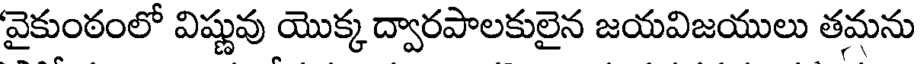
వైకుంఠంలో విష్ణువు యొక్క ద్వారపాలకులైన జయవిజయులు తమను